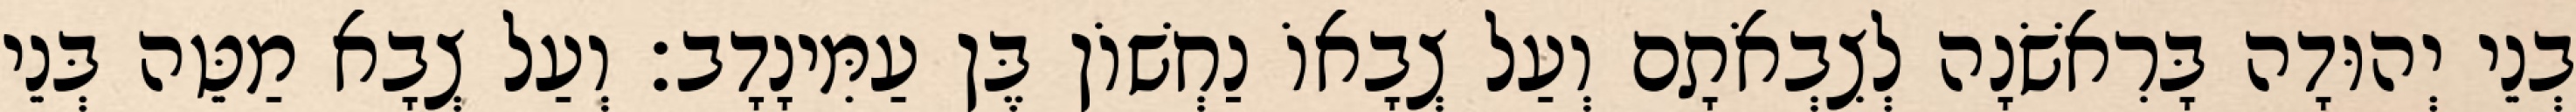
בְנֵי יְהוּדָה בָּרִאשֹׁנָה לְצִבְאֹתָם וְעַל צְבָאוֹ נַחְשׁוֹן בֶּן עַמִּינָדָב׃ וְעַל צְבָא מַטֵּה בְּנֵי